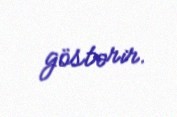
göstərir.